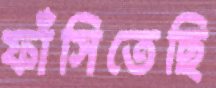
ফাঁসিতেছি